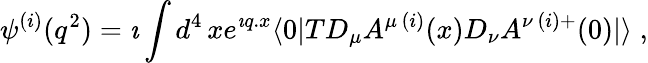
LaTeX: \psi^{(i)}(q^{2})=\imath\int d^{4}\, xe^{\imath q.x}\langle 0|TD_{\mu}A^{\mu\, (i)}(x)D_{\nu}A^{\nu\, (i)+}(0)|\rangle\; ,